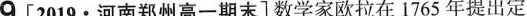
9 [2019 · 河南郑州高一期末]数学家欧拉在 1765 年提出定